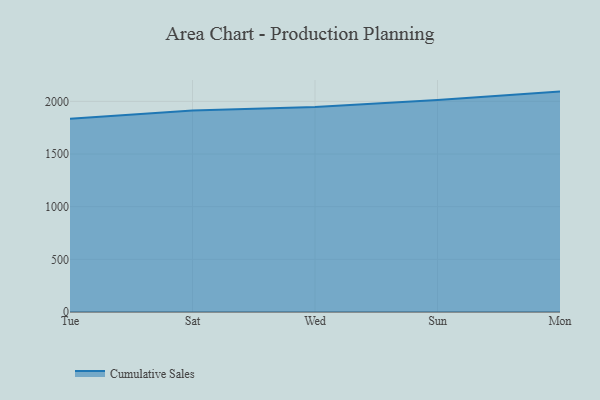
{"axis": {"x": "Day", "y": "Satisfaction Score"}, "legend": ["Cumulative Sales"], "data": [{"x": "Tue", "y": 1835.7, "type": "Cumulative Sales"}, {"x": "Sat", "y": 1913.9, "type": "Cumulative Sales"}, {"x": "Wed", "y": 1946.4, "type": "Cumulative Sales"}, {"x": "Sun", "y": 2013.7, "type": "Cumulative Sales"}, {"x": "Mon", "y": 2092.7, "type": "Cumulative Sales"}]}